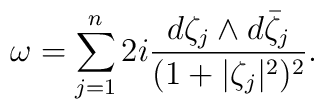
\omega = \sum_{j = 1}^n 2 i \frac{d\zeta_j \wedge d \bar{\zeta}_j}{(1 + |\zeta_j|^2)^2}.